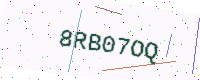
Text: 8RB07OQ